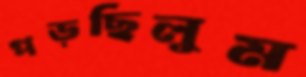
পড়ছিলুম